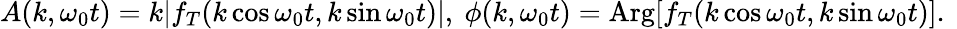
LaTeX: \begin{array}{r}{A(k,\omega_{0}t)=k|f_{T}(k\cos\omega_{0}t,k\sin\omega_{0}t)|,\ \phi(k,\omega_{0}t)=\mathrm{Arg}[f_{T}(k\cos\omega_{0}t,k\sin\omega_{0}t)].\ }\end{array}